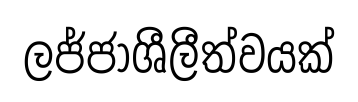
ලජ්ජාශීලීත්වයක්